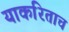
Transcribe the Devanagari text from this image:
याकरिताच